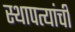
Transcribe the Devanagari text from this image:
स्थापत्यांची